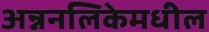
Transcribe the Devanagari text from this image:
अन्ननलिकेमधील